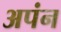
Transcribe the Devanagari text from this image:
अपंन